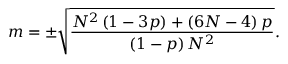
m = \pm \sqrt { \frac { N ^ { 2 } \left( 1 - 3 p \right) + \left( 6 N - 4 \right) p } { \left( 1 - p \right) N ^ { 2 } } } .